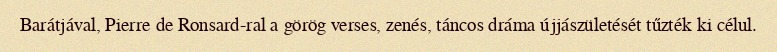
Barátjával, Pierre de Ronsard-ral a görög verses, zenés, táncos dráma újjászületését tűzték ki célul.